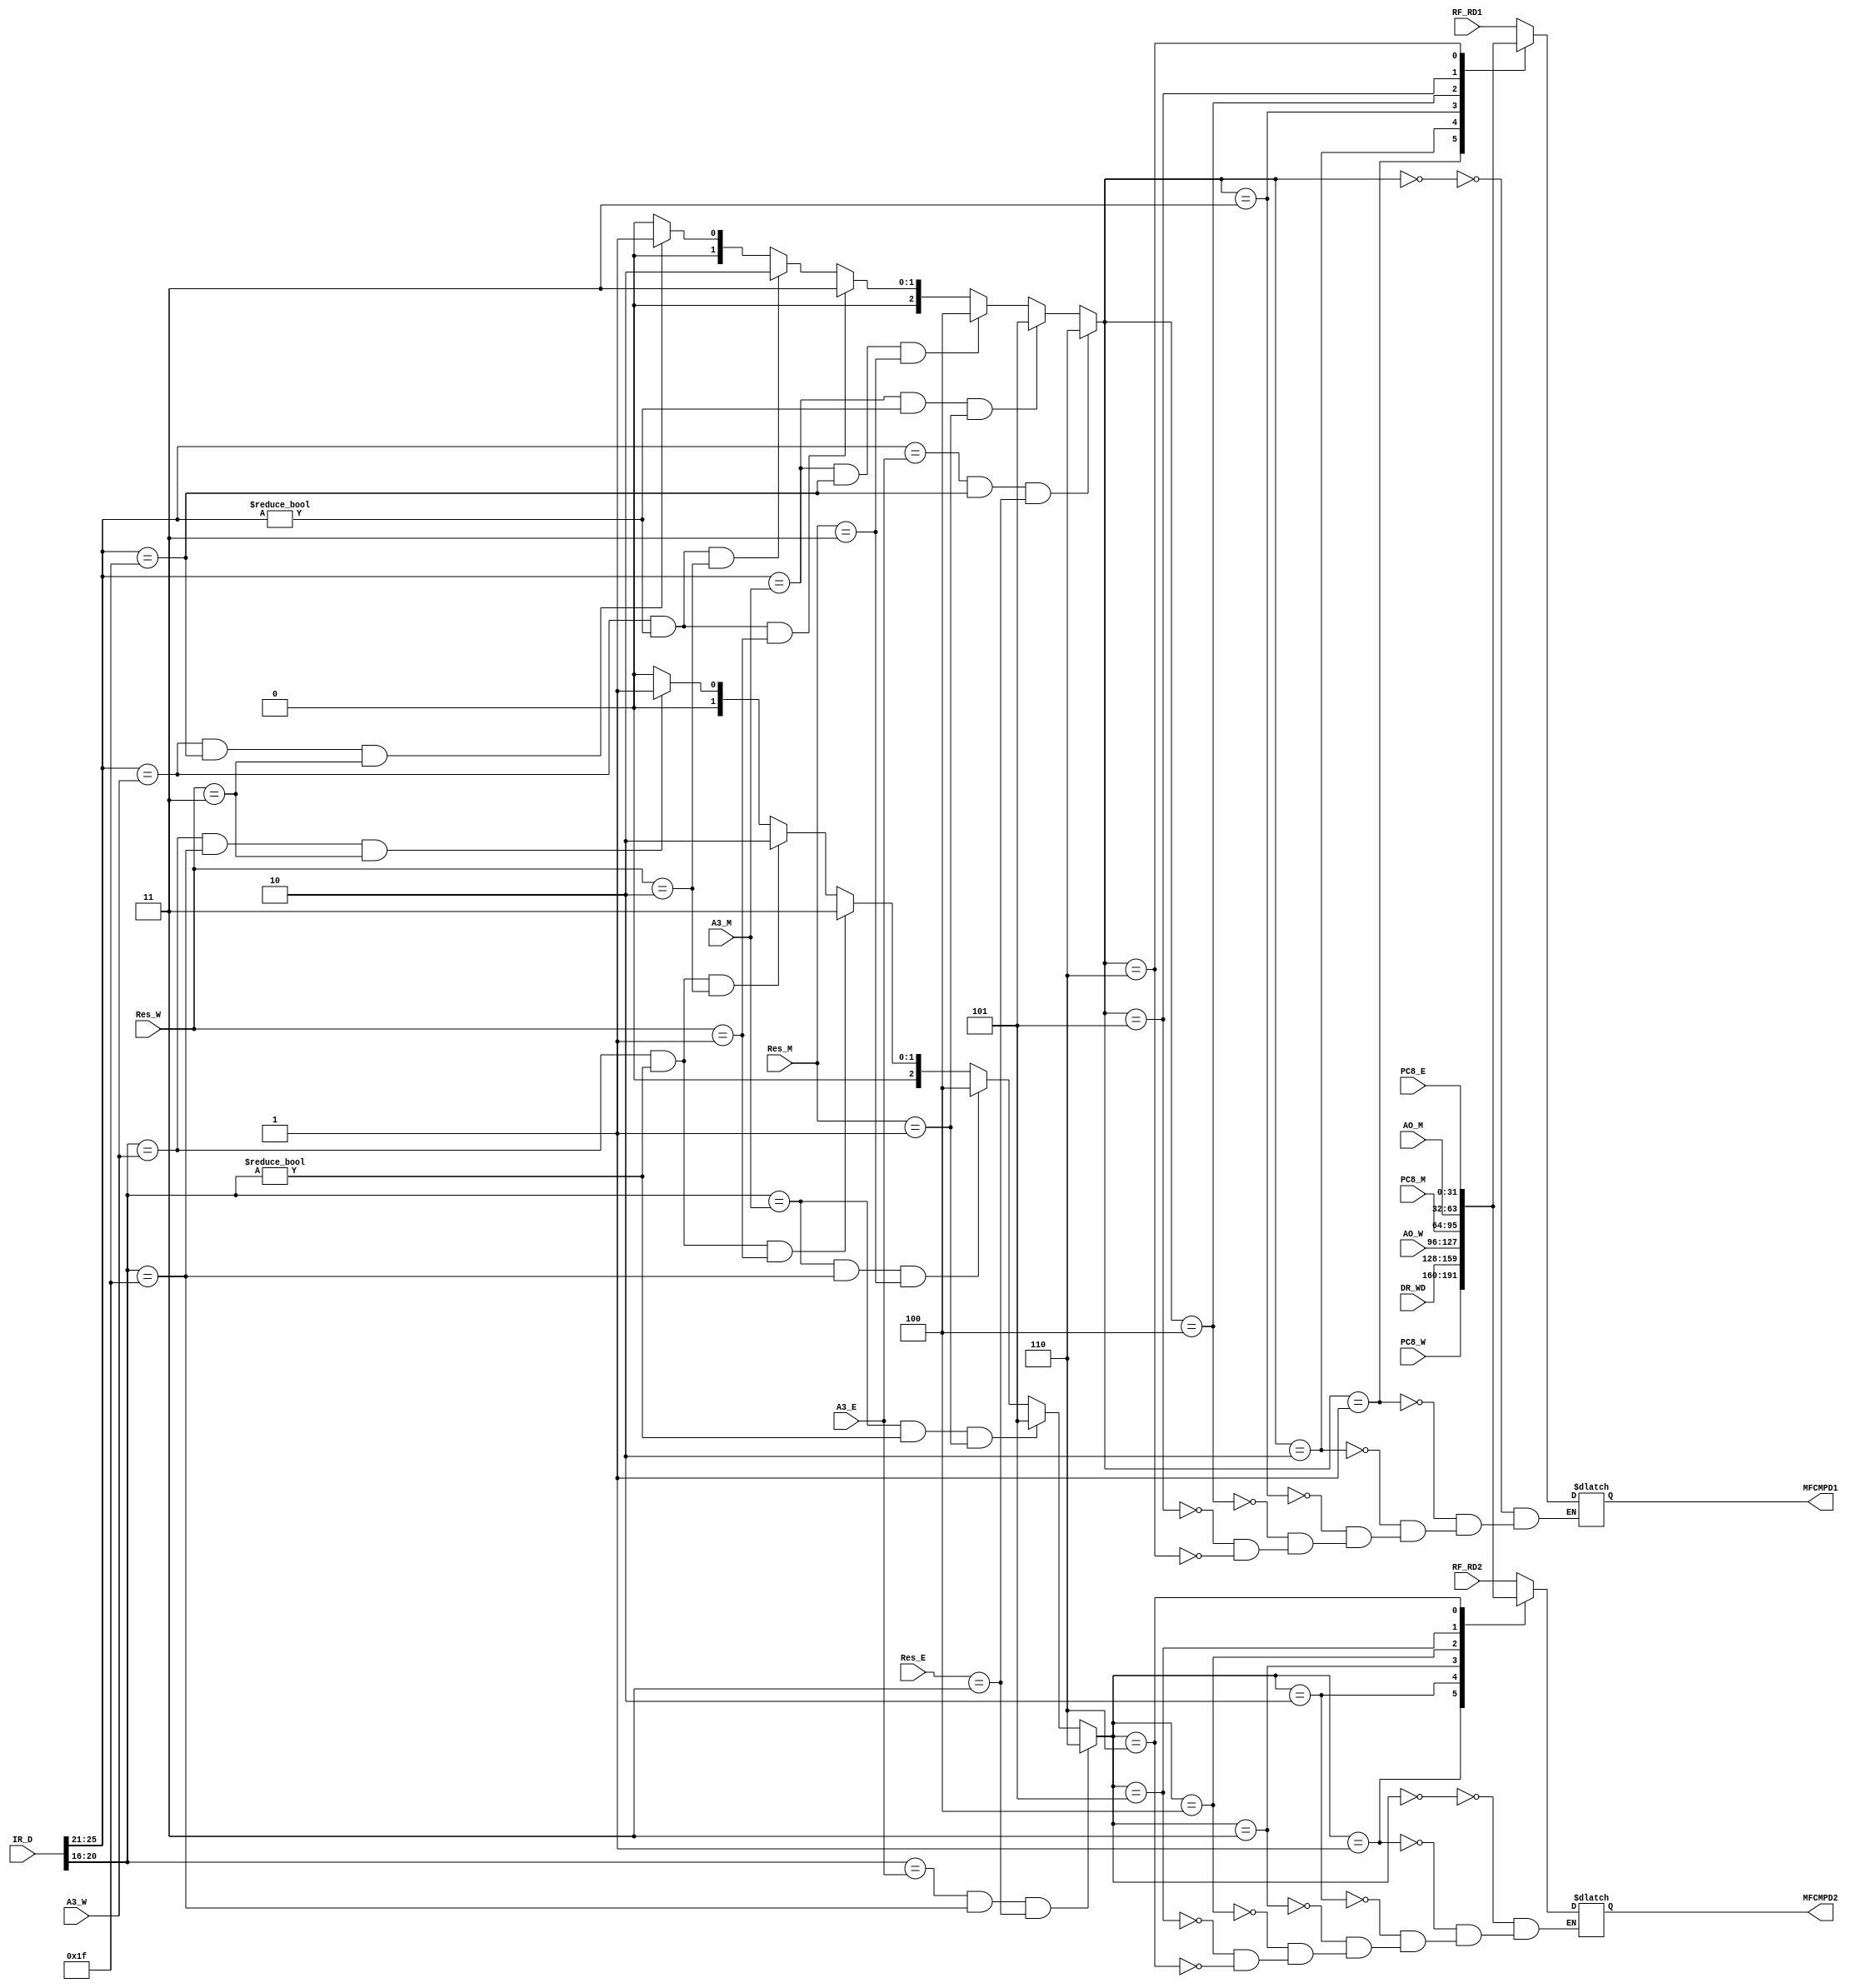
`timescale 1ns / 1ps
//////////////////////////////////////////////////////////////////////////////////
// Company: 
// Engineer: 
// 
// Design Name: 
// Module Name:    MFCMPD 
// Project Name: 
// Target Devices: 
// Tool versions: 
// Description: 
//
// Dependencies: 
//
// Revision: 
// Revision 0.01 - File Created
// Additional Comments: 
//
//////////////////////////////////////////////////////////////////////////////////
`define E2D_PC 6
`define M2D_ALU 5
`define M2D_PC 4
`define W2D_ALU 3
`define W2D_DM 2
`define W2D_PC 1
`define D2E_RT 0
`define ALU 2'b01
`define DM 2'b10
`define PC 2'b11
`define NW 2'b00
module MFCMPD(
    input [31:0] RF_RD1,
	 input [31:0] RF_RD2,
    input [31:0] AO_M,
    input [31:0] AO_W,
    input [31:0] DR_WD,
    input [31:0] IR_D,
	 input [4:0] A3_E,
    input [4:0] A3_M,
    input [4:0] A3_W,
	 input [1:0] Res_E,
    input [1:0] Res_M,
    input [1:0] Res_W,
	 input [31:0] PC8_E,
	 input [31:0] PC8_M,
	 input [31:0] PC8_W,
    output reg[31:0] MFCMPD1,
    output reg[31:0] MFCMPD2
    );
	 reg [2:0] FCMPE1,FCMPE2;
	 wire [4:0] A1_D,A2_D;
	 assign A1_D = IR_D[25:21];
	 assign A2_D = IR_D[20:16];
	 always @* begin
	    FCMPE1 =((A1_D==A3_E) & (A1_D==31)& (Res_E==`PC))  ? `E2D_PC  :
		         ((A1_D==A3_M) & (A1_D!=0) & (Res_M==`ALU)) ? `M2D_ALU :
		         ((A1_D==A3_M) & (A1_D==31)& (Res_M==`PC))  ? `M2D_PC  :
               ((A1_D==A3_W) & (A1_D!=0) & (Res_W==`ALU)) ? `W2D_ALU :
               ((A1_D==A3_W) & (A1_D!=0) & (Res_W==`DM))  ? `W2D_DM  :
					((A1_D==A3_W) & (A1_D==31)& (Res_W==`PC))  ? `W2D_PC  :
					                                0;
	    FCMPE2 =((A2_D==A3_E) & (A2_D==31)& (Res_E==`PC))  ? `E2D_PC  : 
		         ((A2_D==A3_M) & (A2_D!=0) & (Res_M==`ALU)) ? `M2D_ALU :
					((A2_D==A3_M) & (A2_D==31)& (Res_M==`PC))  ? `M2D_PC  :
               ((A2_D==A3_W) & (A2_D!=0) & (Res_W==`ALU)) ? `W2D_ALU :
               ((A2_D==A3_W) & (A2_D!=0) & (Res_W==`DM))  ? `W2D_DM  :
               ((A2_D==A3_W) & (A2_D==31)& (Res_W==`PC))  ? `W2D_PC  :					
					                                0;
	    case(FCMPE1)
		  0: begin
		    MFCMPD1 = RF_RD1;
		  end
		  1: begin
		    MFCMPD1 = PC8_W;
		  end
		  2: begin
		    MFCMPD1 = DR_WD;
		  end
		  3: begin
		    MFCMPD1 = AO_W;
		  end
		  4: begin
		    MFCMPD1 = PC8_M;
		  end
		  5: begin
		    MFCMPD1 = AO_M;
		  end
		  6: begin
		    MFCMPD1 = PC8_E;
		  end
		endcase
		case(FCMPE2)
		  0: begin
		    MFCMPD2 = RF_RD2;
		  end
		  1: begin
		    MFCMPD2 = PC8_W;
		  end
		  2: begin
		    MFCMPD2 = DR_WD;
		  end
		  3: begin
		    MFCMPD2 = AO_W;
		  end
		  4: begin
		    MFCMPD2 = PC8_M;
		  end
		  5: begin
		    MFCMPD2 = AO_M;
		  end
		  6: begin
		    MFCMPD2 = PC8_E;
		  end
		endcase
	 end
	 


endmodule